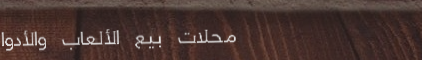
محلات بيع الألعاب والأدوا